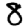
Digit: 8